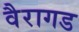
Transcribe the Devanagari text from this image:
वैरागड